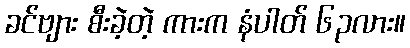
ခင်ဗျား စီးခဲ့တဲ့ ကားက နံပါတ် ၆၃လား။